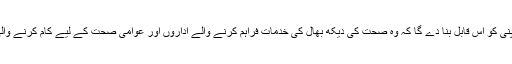
امریکہ میں آئینہ ڈیوائس کا تجارتی طور پر استعمال کمپنی کو اس قابل بنا دے گا کہ وہ صحت کی دیکھ بھال کی خدمات فراہم کرنے والے اداروں اور عوامی صحت کے لیے کام کرنے والی تنظیموں کی موجودہ درخواستوں پر عمل آوری کرے۔